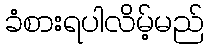
ခံစားရပါလိမ့်မည်